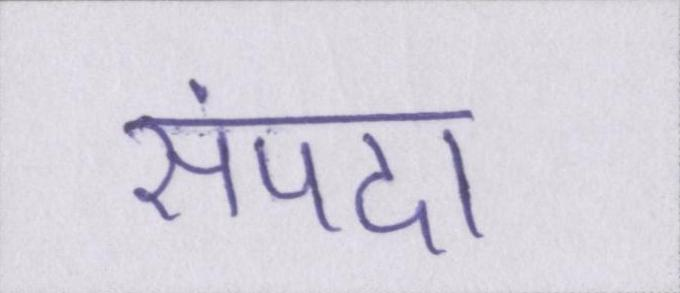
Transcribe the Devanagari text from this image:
संपदा